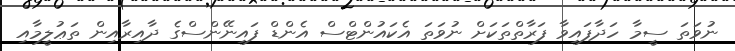
ނުވަތަ ސީމާ ހަދާފައިވާ ފަރާތްތަކަށް ނުވަތަ އެކައުންޓްސް އެންޑް ފައިނޭންސްގެ ދާއިރާއިން ތަޢުލީމާއި